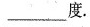
___度.